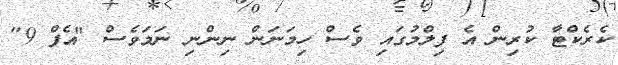
ކެރެކްޓާ ކުރިން އެ ފިލްމުގައި ވެސް ހިމަނަން ނިންނި ނަމަވެސް "އެފް 9"